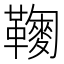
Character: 𩍔